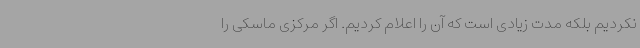
نکردیم بلکه مدت زیادی است که آن را اعلام کردیم. اگر مرکزی ماسکی را